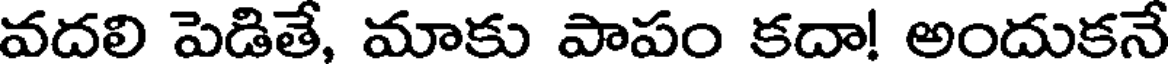
వదలి పెడితే, మాకు పాపం కదా! అందుకనే